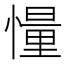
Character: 𪬨